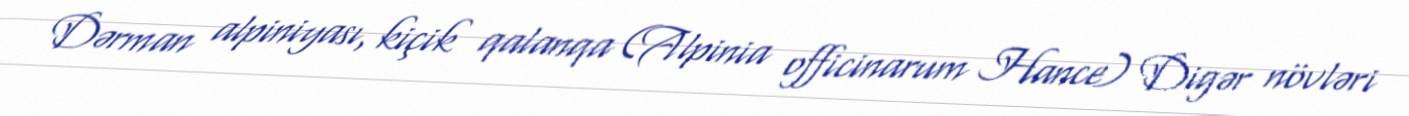
Dərman alpiniyası, kiçik qalanqa (Alpinia officinarum Hance) Digər növləri